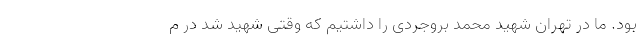
بود. ما در تهران شهید محمد بروجردی را داشتیم که وقتی شهید شد در م